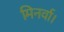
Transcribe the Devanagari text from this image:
मिनर्वा।